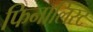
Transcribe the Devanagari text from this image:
फिनालिस्ट